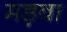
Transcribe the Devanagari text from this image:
मड़वा